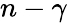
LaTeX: n-\gamma